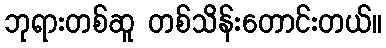
ဘုရားတစ်ဆူ တစ်သိန်းတောင်းတယ်။